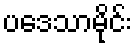
ပဒေသာမိုင်း